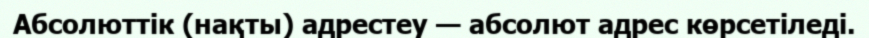
Абсолюттік (нақты) адрестеу — абсолют адрес көрсетіледі.